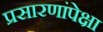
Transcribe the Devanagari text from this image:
प्रसारणांपेक्षा